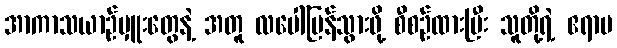
အာကာသယာဉ်မှူးတွေနဲ့ အတူ လပေါ်ပြန်သွားဖို့ စီစဉ်ထားပြီး သူတို့ရဲ့ ဧရာမ